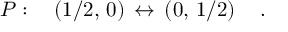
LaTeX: { \cal P } : \quad \left( { 1 / 2 } , \, 0 \right) \, \leftrightarrow \, \left( 0 , \, { 1 / 2 } \right) \quad .